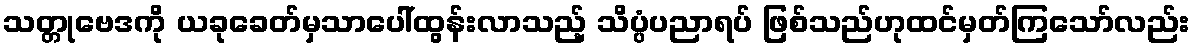
သတ္တုဗေဒကို ယခုခေတ်မှသာပေါ်ထွန်းလာသည့် သိပ္ပံပညာရပ် ဖြစ်သည်ဟုထင်မှတ်ကြသော်လည်း